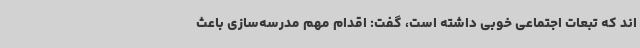
اند که تبعات اجتماعی خوبی داشته است، گفت: اقدام مهم مدرسه‌سازی باعث